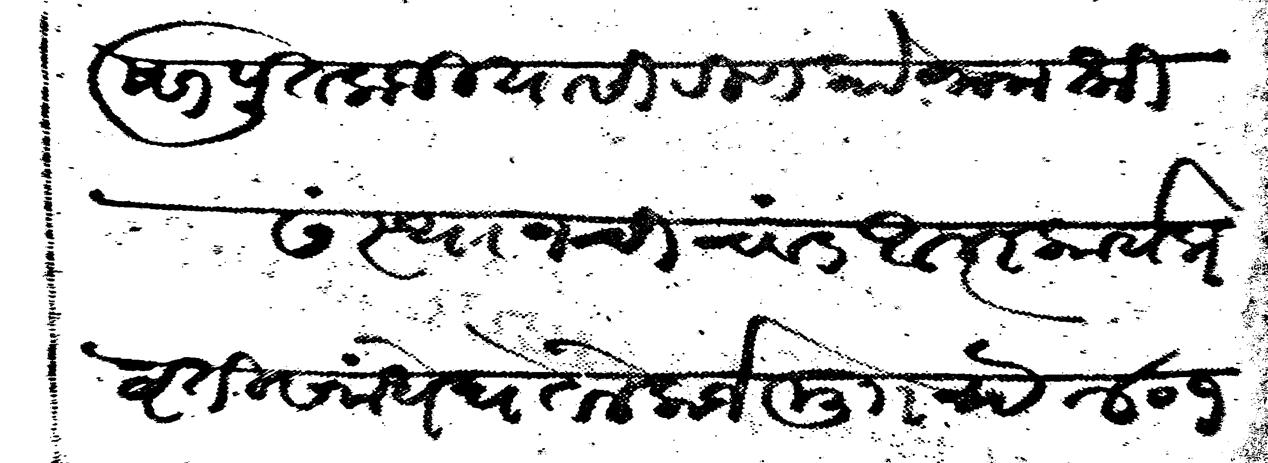
Transliteration (Devanagari): बालकृष्ण पुतलाजी यासी रिणको नाम श्री संस्थान चिंचवड आत्मकार्य प्रवृती संमधे घेतले कर्ज मु रूये ४०१